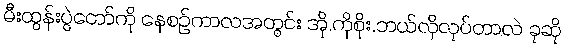
မီးထွန်းပွဲတော်ကို နေစဉ်ကာလအတွင်း အို.ကိုစိုး.ဘယ်လိုလုပ်တာလဲ ခုဆို